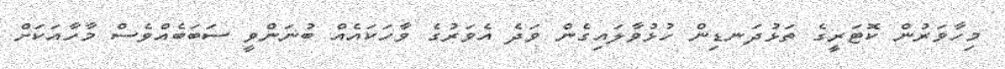
މިހާވަރުން ކޮޓަރީގެ ތަޅުދަނޑިން ހުޅުވާލައިގެން ވަދެ އެވަރުގެ ވާހަކައެއް ބުނަންވީ ސަބަބެއްވެސް މާހާއަކަށް